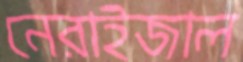
নেরাইজাল